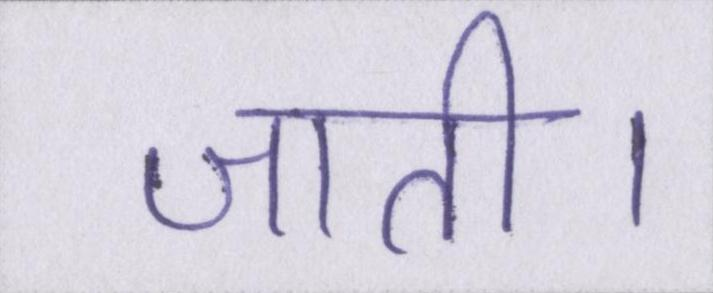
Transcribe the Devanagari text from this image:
जाती।